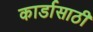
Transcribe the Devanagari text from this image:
कार्डासाठी